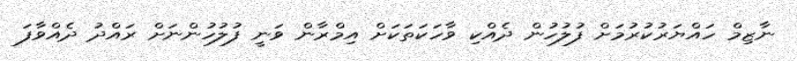
ނާޒިމް ހައްޔަރުކުރުމަށް ފުލުހުން ދެއްކި ވާހަކަތަކަށް އިމްރާން ވަނީ ފުލުހުންނަށް ރައްދު ދެއްވާފަ